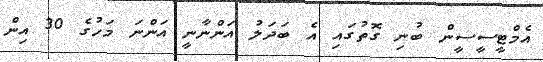
އެމްޓީސީސީން ބުނި ގޮތުގައި އެ ބަދަލު އަންނާނީ އަންނަ މަހުގެ 30 އިން